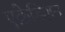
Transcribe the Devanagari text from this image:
एक्रेडिशन